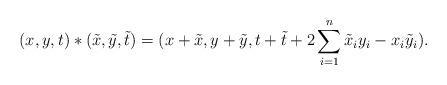
LaTeX: \begin{align*} (x,y,t) * ( \tilde x, \tilde y, \tilde t )=(x+\tilde x,y+ \tilde y,t+ \tilde t+2\sum_{i=1}^{n}\tilde x_i y_i-x_i \tilde y_i). \end{align*}